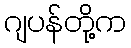
ဂျပန်တို့က